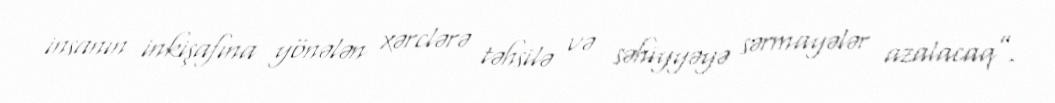
insanın inkişafına yönələn xərclərə təhsilə və səhiyyəyə sərmayələr azalacaq”.